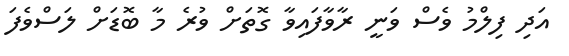
އަދި ފިލްމު ވެސް ވަނީ ރާވާފައިވާ ގޮތަށް ވުރެ މާ ބޮޑަށް ލަސްވެފަ